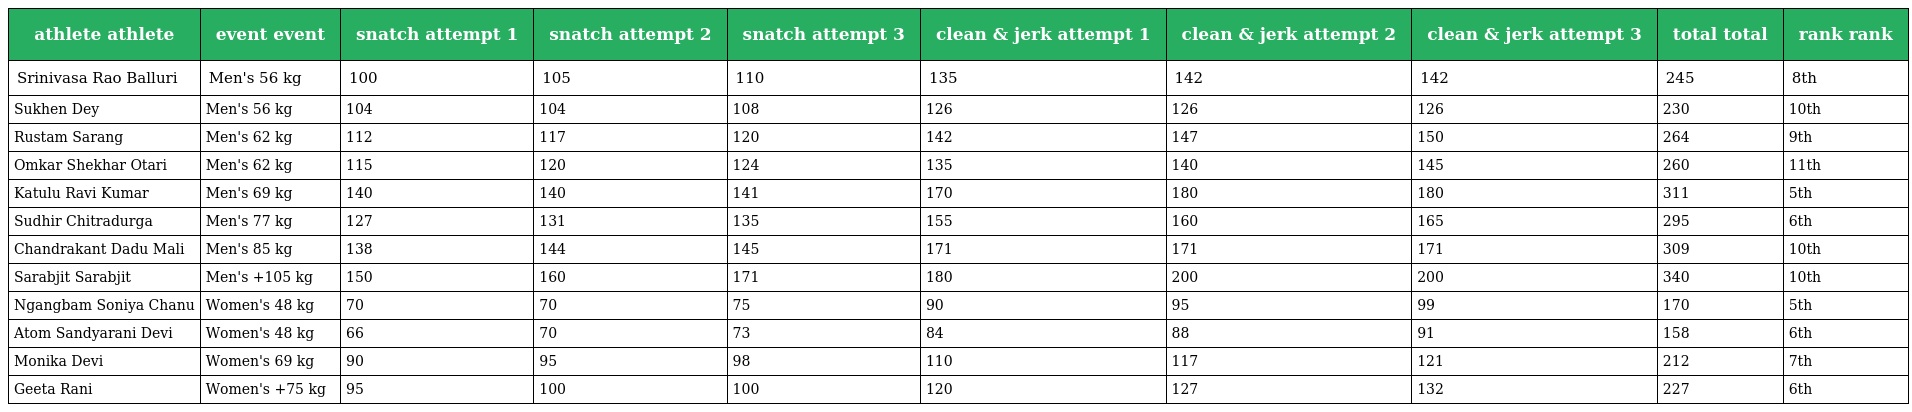
| athlete athlete | event event | snatch attempt 1 | snatch attempt 2 | snatch attempt 3 | clean & jerk attempt 1 | clean & jerk attempt 2 | clean & jerk attempt 3 | total total | rank rank |
 | --- | --- | --- | --- | --- | --- | --- | --- | --- | --- |
 | Srinivasa Rao Balluri | Men's 56 kg | 100 | 105 | 110 | 135 | 142 | 142 | 245 | 8th |
 | Sukhen Dey | Men's 56 kg | 104 | 104 | 108 | 126 | 126 | 126 | 230 | 10th |
 | Rustam Sarang | Men's 62 kg | 112 | 117 | 120 | 142 | 147 | 150 | 264 | 9th |
 | Omkar Shekhar Otari | Men's 62 kg | 115 | 120 | 124 | 135 | 140 | 145 | 260 | 11th |
 | Katulu Ravi Kumar | Men's 69 kg | 140 | 140 | 141 | 170 | 180 | 180 | 311 | 5th |
 | Sudhir Chitradurga | Men's 77 kg | 127 | 131 | 135 | 155 | 160 | 165 | 295 | 6th |
 | Chandrakant Dadu Mali | Men's 85 kg | 138 | 144 | 145 | 171 | 171 | 171 | 309 | 10th |
 | Sarabjit Sarabjit | Men's +105 kg | 150 | 160 | 171 | 180 | 200 | 200 | 340 | 10th |
 | Ngangbam Soniya Chanu | Women's 48 kg | 70 | 70 | 75 | 90 | 95 | 99 | 170 | 5th |
 | Atom Sandyarani Devi | Women's 48 kg | 66 | 70 | 73 | 84 | 88 | 91 | 158 | 6th |
 | Monika Devi | Women's 69 kg | 90 | 95 | 98 | 110 | 117 | 121 | 212 | 7th |
 | Geeta Rani | Women's +75 kg | 95 | 100 | 100 | 120 | 127 | 132 | 227 | 6th |